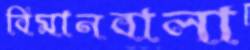
বিমানবালা